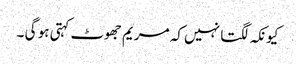
کیونکہ لگتا نہیں کہ مریم جھوٹ کہتی ہو گی ۔